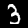
Label: 3